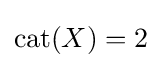
\operatorname {cat} (X)=2